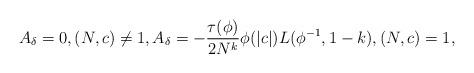
LaTeX: \begin{align*}A_\delta=0, (N,c)\ne 1, A_\delta=-\frac{\tau(\phi)}{2N^k}\phi(|c|)L(\phi^{-1}, 1-k), (N,c)=1, \end{align*}